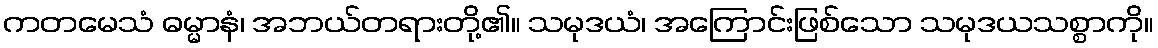
ကတမေသံ ဓမ္မာနံ၊ အဘယ်တရားတို့၏။ သမုဒယံ၊ အကြောင်းဖြစ်သော သမုဒယသစ္စာကို။